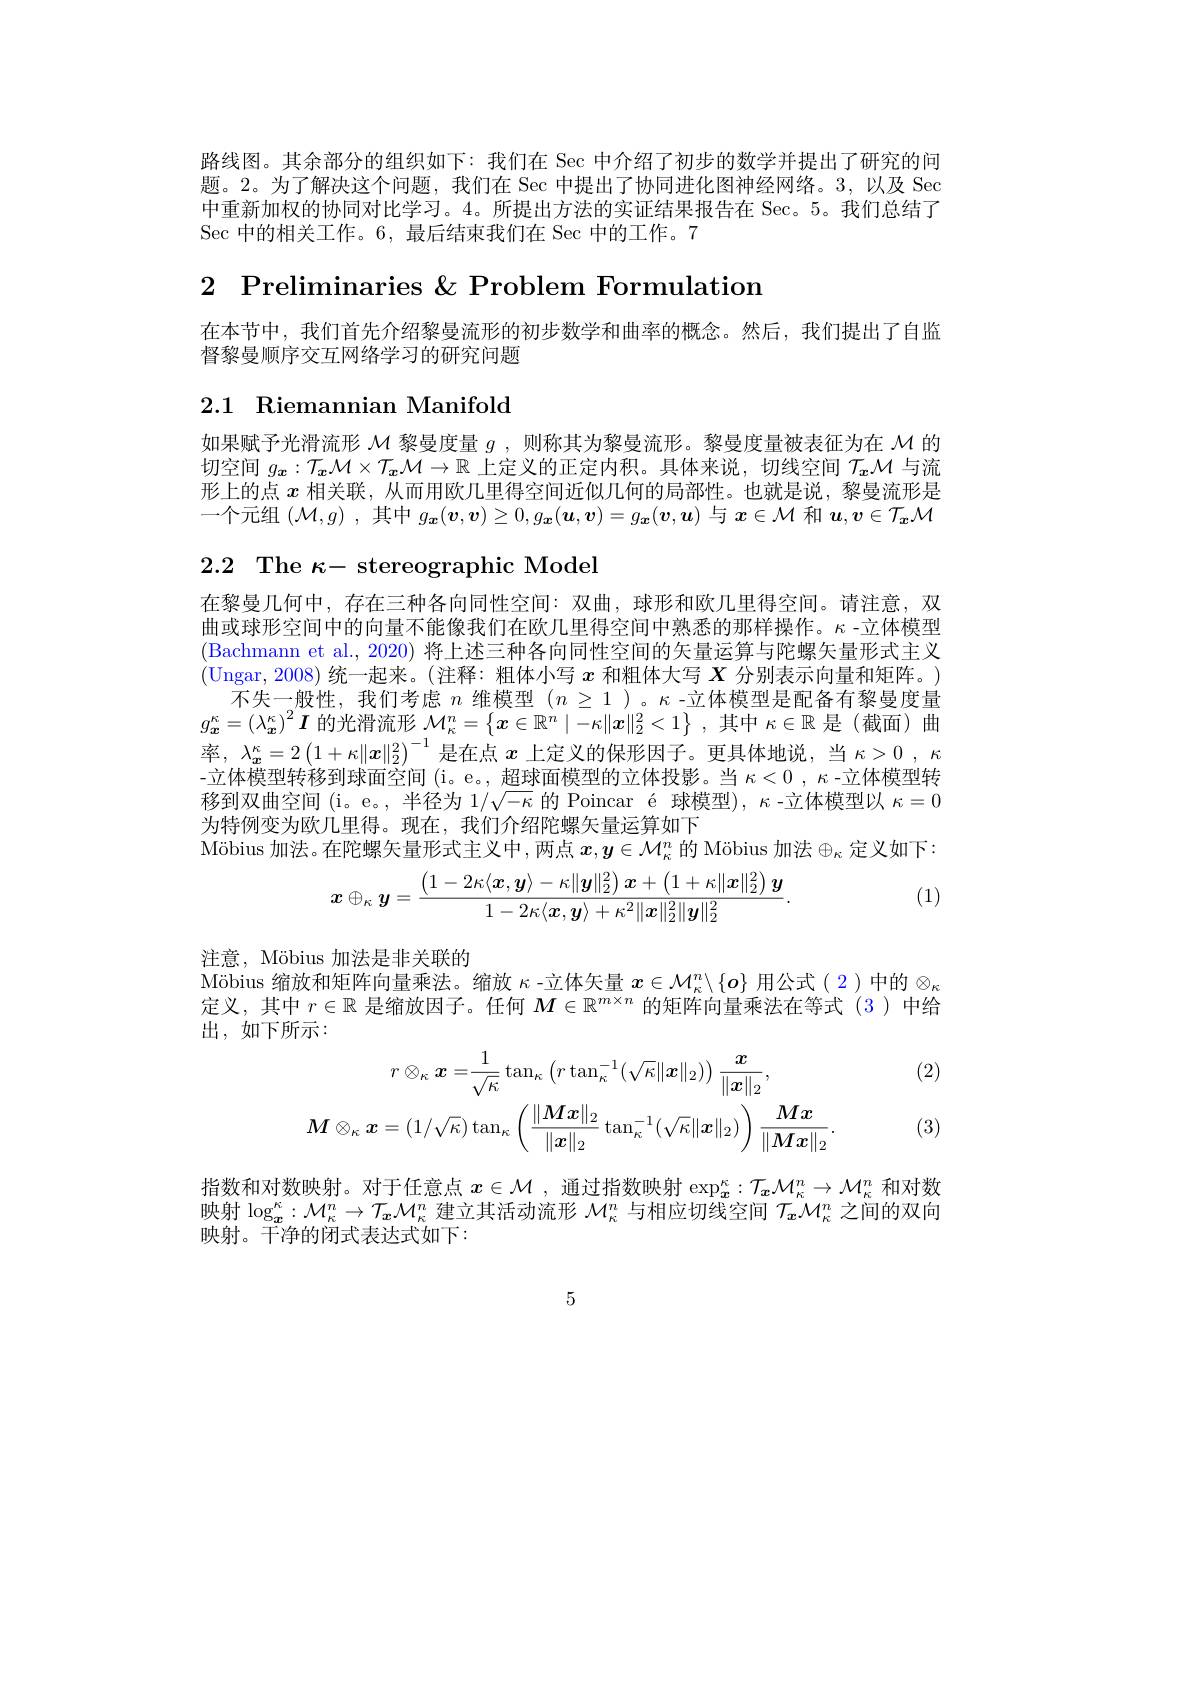
路线图。其余部分的组织如下：我们在 Sec 中介绍了初步的数学并提出了研究的问题。2。为了解决这个问题，我们在 Sec 中提出了协同进化图神经网络。3,以及 Sec 中重新加权的协同对比学习。4。所提出方法的实证结果报告在 Sec。5。我们总结了$\operatorname{Sec}$中的相关工作。6,最后结束我们在 Sec 中的工作。7

2 Preliminaries & Problem Formulation

在本节中，我们首先介绍黎曼流形的初步数学和曲率的概念。然后，我们提出了自监
督黎曼顺序交互网络学习的研究问题

# 2.1 Riemannian Manifold

如果赋予光滑流形$\mathcal{M}$黎曼度量$g$,则称其为黎曼流形。黎曼度量被表征为在$\mathcal{M}$的切空间$g_{\boldsymbol{x}}:\mathcal{T_{\boldsymbol{x}}}\mathcal{M}\times\mathcal{T_{\boldsymbol{x}}}\mathcal{M}\to\mathbb{R}$上定义的正定内积。具体来说，切线空间$\mathcal{T_{\boldsymbol{x}}}\mathcal{M}$与流形上的点$x$相关联，从而用欧几里得空间近似几何的局部性。也就是说，黎曼流形是一个元组$(\mathcal{M},g)$ ,其中$g_\boldsymbol{x}(\boldsymbol{v},\boldsymbol{v})\geq0,g_\boldsymbol{x}(\boldsymbol{u},\boldsymbol{v})=g_\boldsymbol{x}(\boldsymbol{v},\boldsymbol{u})$与$x\in\mathcal{M}$和$\boldsymbol u,\boldsymbol v\in\mathcal{T}_\boldsymbol{x}\mathcal{M}$

2.2 The $\kappa-$ stereographic Model

在黎曼几何中，存在三种各向同性空间：双曲，球形和欧几里得空间。请注意，双曲或球形空间中的向量不能像我们在欧几里得空间中熟悉的那样操作。$\kappa$-立体模型(Bachmann et al., 2020) 将上述三种各向同性空间的矢量运算与陀螺矢量形式主义(Ungar,2008) 统一起来。(注释：粗体小写$x$和粗体大写$X$分别表示向量和矩阵。)
不失一般性，我们考虑$n$维模型$(n\geq1)$。$\kappa$ -立体模型是配备有黎曼度量$g_{\boldsymbol{x}}^\kappa=(\lambda_{\boldsymbol{x}}^\kappa)^2\boldsymbol{I}$的光滑流形$\mathcal{M}_\kappa^n=\left\{x\in\mathbb{R}^n\mid-\kappa\|\boldsymbol{x}\|_2^2<1\right\}$,其中$\kappa\in\mathbb{R}$是(截面)曲率，$\lambda_x^\kappa=2\left(1+\kappa\|\boldsymbol{x}\|_2^2\right)^{-1}$是在点$x$上定义的保形因子。更具体地说，当$\kappa>0,\kappa$ -立体模型转移到球面空间 (i。e。, 超球面模型的立体投影。当$\kappa<0$ , $\kappa$ -立体模型转移到双曲空间(i。e。,半径为$1/\sqrt-\kappa$的 Poincar é 球模型), $\kappa$-立体模型以$\kappa=0$ 为特例变为欧几里得。现在，我们介绍陀螺矢量运算如下
$\text{M\" {o}bius加 法 。在 陀 螺 矢 量 形 式 主 义 中 , 两 点 }x, y\in \mathcal{M} _\kappa ^n$ 的 Möbius 加法$\oplus_\kappa$ 定义如下：
$$\boldsymbol{x}\oplus_\kappa\boldsymbol{y}=\frac{\left(1-2\kappa\langle\boldsymbol{x},\boldsymbol{y}\rangle-\kappa\|\boldsymbol{y}\|_2^2\right)\boldsymbol{x}+\left(1+\kappa\|\boldsymbol{x}\|_2^2\right)\boldsymbol{y}}{1-2\kappa\langle\boldsymbol{x},\boldsymbol{y}\rangle+\kappa^2\|\boldsymbol{x}\|_2^2\|\boldsymbol{y}\|_2^2}.$$
(1)

注意，Möbius 加法是非关联的
Möbius 缩放和矩阵向量乘法。缩放$\kappa$ -立体矢量$x\in\mathcal{M}_\kappa^n\backslash\{o\}$用公式( 2)中的$\otimes_\kappa$ 定义，其中$r\in\mathbb{R}$是缩放因子。任何$M\in\mathbb{R}^{m\times n}$的矩阵向量乘法在等式 (3)中给出，如下所示：

(2)
$$r\otimes_{\kappa}\boldsymbol{x}=\frac{1}{\sqrt{\kappa}}\tan_{\kappa}\left(r\tan_{\kappa}^{-1}(\sqrt{\kappa}\|\boldsymbol{x}\|_{2})\right)\frac{\boldsymbol{x}}{\|\boldsymbol{x}\|_{2}},\\\boldsymbol{M}\otimes_{\kappa}\boldsymbol{x}=(1/\sqrt{\kappa})\tan_{\kappa}\left(\frac{\|\boldsymbol{M}\boldsymbol{x}\|_{2}}{\|\boldsymbol{x}\|_{2}}\tan_{\kappa}^{-1}(\sqrt{\kappa}\|\boldsymbol{x}\|_{2})\right)\frac{M\boldsymbol{x}}{\|\boldsymbol{M}\boldsymbol{x}\|_{2}}.$$
(3)

指数和对数映射。对于任意点$x\in\mathcal{M}$ ,通过指数映射$\exp_x^\kappa:\mathcal{T}_x\mathcal{M}_\kappa^n\to\mathcal{M}_\kappa^n$和对数映射$\log_x^\kappa:\mathcal{M}_\kappa^n\to\mathcal{T}_x\mathcal{M}_\kappa^n$建立其活动流形$\mathcal{M}_\kappa^n$与相应切线空间$\mathcal{T}_x\mathcal{M}_\kappa^n$之间的双向映射。干净的闭式表达式如下：

5